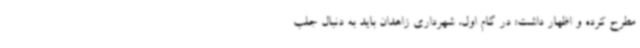
مطرح کرده و اظهار داشت: در گام اول، شهرداری زاهدان باید به دنبال جلب